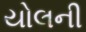
યોલની